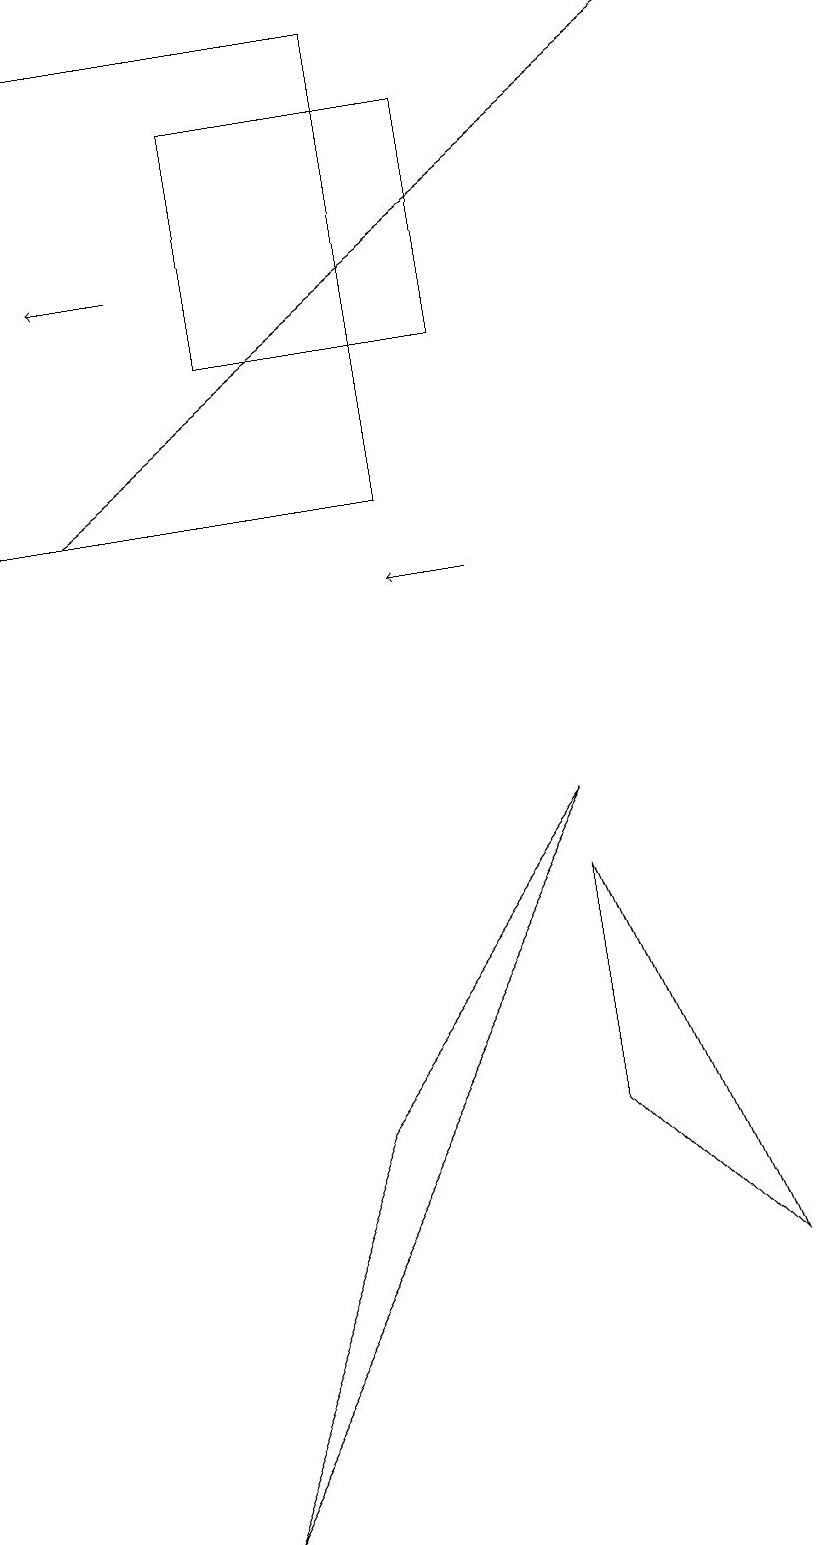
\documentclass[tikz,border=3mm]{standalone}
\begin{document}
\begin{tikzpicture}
\draw (7,8) -- (7,5) -- (9,3) -- cycle;
\draw[->] (2,16) -- (1,16);
\draw (6,15) rectangle (3,18);
\draw (2,0) -- (7,9) -- (4,5) -- cycle;
\draw[->] (1,13) -- (9,19);
\draw (10,12) circle (0);
\draw (5,13) rectangle (0,19);
\draw[->] (6,12) -- (5,12);
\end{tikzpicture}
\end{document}